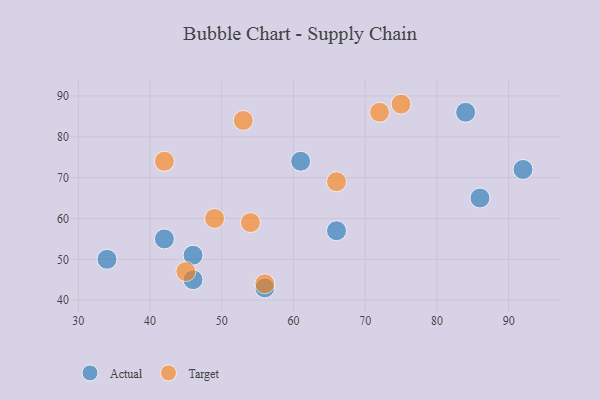
{"axis": {"x": "GDP", "y": "Life Expectancy"}, "legend": ["Actual", "Target"], "data": [{"x": "86", "y": 65, "type": "Actual"}, {"x": "61", "y": 74, "type": "Actual"}, {"x": "84", "y": 86, "type": "Actual"}, {"x": "92", "y": 72, "type": "Actual"}, {"x": "46", "y": 45, "type": "Actual"}, {"x": "46", "y": 51, "type": "Actual"}, {"x": "42", "y": 55, "type": "Actual"}, {"x": "66", "y": 57, "type": "Actual"}, {"x": "56", "y": 43, "type": "Actual"}, {"x": "34", "y": 50, "type": "Actual"}, {"x": "45", "y": 47, "type": "Target"}, {"x": "53", "y": 84, "type": "Target"}, {"x": "72", "y": 86, "type": "Target"}, {"x": "75", "y": 88, "type": "Target"}, {"x": "49", "y": 60, "type": "Target"}, {"x": "54", "y": 59, "type": "Target"}, {"x": "66", "y": 69, "type": "Target"}, {"x": "42", "y": 74, "type": "Target"}, {"x": "56", "y": 44, "type": "Target"}]}